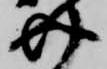
介